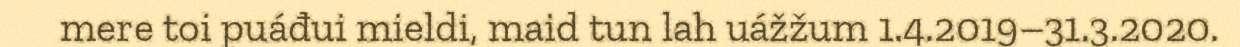
mere toi puáđui mieldi, maid tun lah uážžum 1.4.2019–31.3.2020.